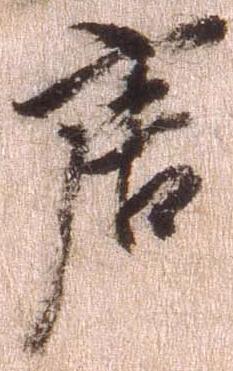
唐